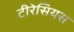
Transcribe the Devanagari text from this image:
टीरेसियस